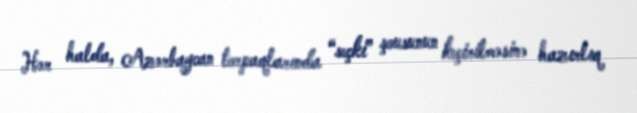
Hər halda, Azərbaycan torpaqlarında “seçki” şousunun keçirilməsinə hazırlıq